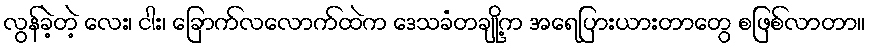
လွန်ခဲ့တဲ့ လေး၊ ငါး၊ ခြောက်လလောက်ထဲက ဒေသခံတချို့က အရေပြားယားတာတွေ စဖြစ်လာတာ။